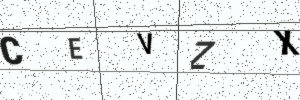
Text: CEVZX